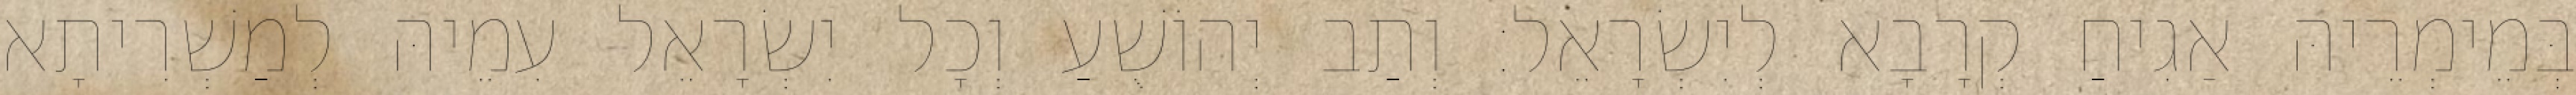
בְּמֵימְרֵיהּ אַגִיחַ קְרָבָא לְיִשְׂרָאֵל׃ וְתַב יְהוֹשֻׁעַ וְכָל יִשְׂרָאֵל עִמֵיהּ לְמַשְׁרִיתָא